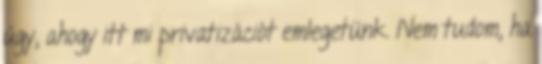
úgy, ahogy itt mi privatizációt emlegetünk. Nem tudom, ha